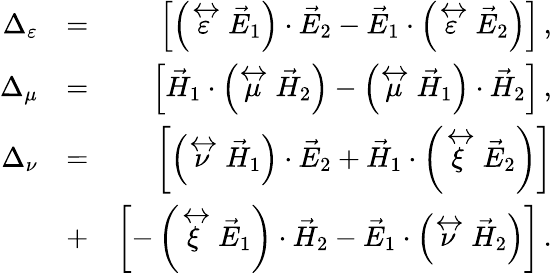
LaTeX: \begin{array}{rlr}{\Delta_{\varepsilon}}&{=}&{\left\lbrack\left(\stackrel{\leftrightarrow}{\varepsilon}\vec{E}_{1}\right)\cdot\vec{E}_{2}-\vec{E}_{1}\cdot\left(\stackrel{\leftrightarrow}{\varepsilon}\vec{E}_{2}\right)\right\rbrack\, ,}\\ {\Delta_{\mu}}&{=}&{\left\lbrack\vec{H}_{1}\cdot\left(\stackrel{\leftrightarrow}{\mu}\vec{H}_{2}\right)-\left(\stackrel{\leftrightarrow}{\mu}\vec{H}_{1}\right)\cdot\vec{H}_{2}\right\rbrack\, ,}\\ {\Delta_{\nu}}&{=}&{\left\lbrack\left(\stackrel{\leftrightarrow}{\nu}\vec{H}_{1}\right)\cdot\vec{E}_{2}+\vec{H}_{1}\cdot\left(\stackrel{\leftrightarrow}{\xi}\vec{E}_{2}\right)\right\rbrack}\\ &{+}&{\left\lbrack-\left(\stackrel{\leftrightarrow}{\xi}\vec{E}_{1}\right)\cdot\vec{H}_{2}-\vec{E}_{1}\cdot\left(\stackrel{\leftrightarrow}{\nu}\vec{H}_{2}\right)\right\rbrack\, .}\end{array}